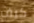
كيف